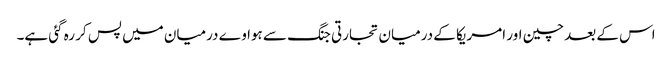
اس کے بعد چین اور امریکا کے درمیان تجارتی جنگ سے ہواوے درمیان میں پس کر رہ گئی ہے۔